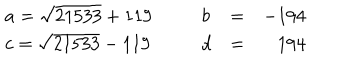
\left. \begin{array} { l l l l r } { { a = \sqrt { 2 1 5 3 3 } + 1 1 9 \, } } & { { \, \, \, } } & { { b } } & { { = } } & { { - 1 9 4 } } \\ { { c = \sqrt { 2 1 5 3 3 } - 1 1 9 \, } } & { { \, \, \, } } & { { d } } & { { = } } & { { 1 9 4 } } \\ \end{array} \right.